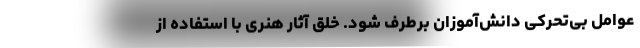
عوامل بی‌تحرکی دانش‌آموزان برطرف شود. خلق آثار هنری با استفاده از